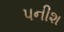
પનીશ